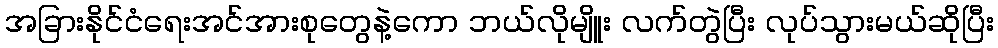
အခြားနိုင်ငံရေးအင်အားစုတွေနဲ့ကော ဘယ်လိုမျိူး လက်တွဲပြီး လုပ်သွားမယ်ဆိုပြီး